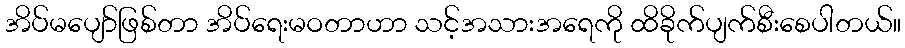
အိပ်မပျော်ဖြစ်တာ အိပ်ရေးမဝတာဟာ သင့်အသားအရေကို ထိခိုက်ပျက်စီးစေပါတယ်။